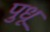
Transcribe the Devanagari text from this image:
पुधू